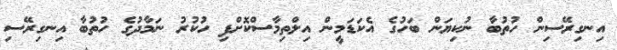
އިނގިރޭސިން ހުތުބާ ނުކިޔަން ބަހުގެ އެކަޑަމީން އިލްތިމާސްކޮށްފި ހުކުރު ނަމާދުގެ ހުތުބާ އިނގިރޭސި